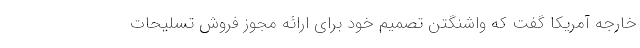
خارجه آمریکا گفت که واشنگتن تصمیم خود برای ارائه مجوز فروش تسلیحات